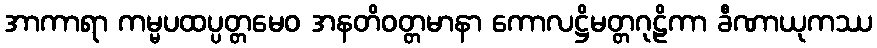
အာကာရာ ကမ္မပထပ္ပတ္တမေဝ အနတိဝတ္တမာနာ ကောလဋ္ဌိမတ္တဂုဠိကာ ခီဏာယုကဿ